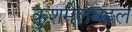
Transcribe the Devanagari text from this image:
कुशमेलबहल